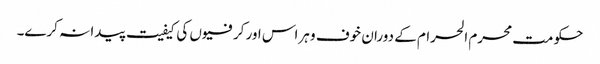
حکومت محرم الحرام کے دوران خوف و ہراس اور کرفیوں کی کیفیت پیدا نہ کرے۔